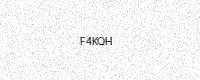
Text: F4KQH